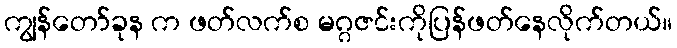
ကျွန်တော်ခုန က ဖတ်လက်စ မဂ္ဂဇင်းကိုပြန်ဖတ်နေလိုက်တယ်။